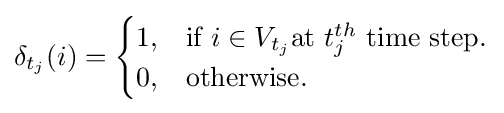
\delta _{t_{j}}(i)={\begin{cases}1,&{\text{if }}i\in V_{t_{j}}{\text{at }}t_{j}^{th}{\text{ time step.}}\\0,&{\text{otherwise.}}\end{cases}}